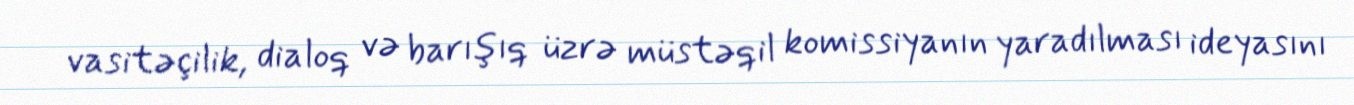
vasitəçilik, dialoq və barışıq üzrə müstəqil komissiyanın yaradılması ideyasını